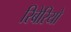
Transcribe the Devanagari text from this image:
रिबेरियो